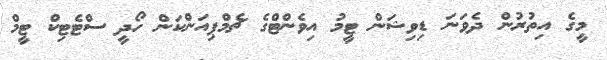
މީގެ އިތުރުން ދެވަނަ ޑިވިޝަން ޓީމު އިވެންޓްގެ ޗެމްޕިއަންކަން ހޯދީ ސްޓެޓިކް ޓީމް